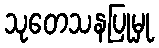
သုတေသနပြုမှု